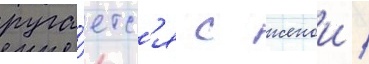
руга́етс'я с женои /